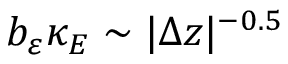
b _ { \varepsilon } \kappa _ { E } \sim \vert \Delta z \vert ^ { - 0 . 5 }